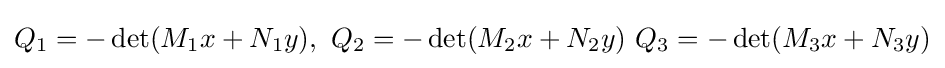
Q_{1}=-\det(M_{1}x+N_{1}y),\,\,Q_{2}=-\det(M_{2}x+N_{2}y)\,\,Q_{3}=-\det(M_{3}x+N_{3}y)